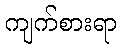
ကျက်စားရာ